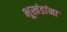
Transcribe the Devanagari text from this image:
भूखंडांना